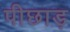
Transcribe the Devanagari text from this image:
पीछाड़